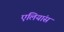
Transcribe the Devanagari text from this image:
एलियांस